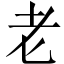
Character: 老